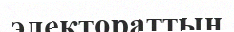
электораттың